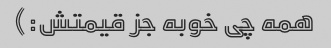
همه چی خوبه جز قیمتش:)